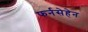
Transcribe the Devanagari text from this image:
फर्नसेहेन